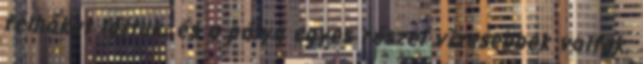
felhőket láttuk, és a pálya egyes részei vizesebbek voltak,